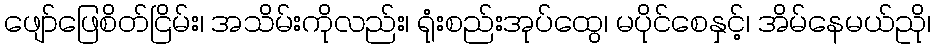
ဖျော်ဖြေစိတ်ငြိမ်း၊ အသိမ်းကိုလည်း၊ ရုံးစည်းအုပ်ထွေ၊ မပိုင်စေနှင့်၊ အိမ်နေမယ်ညို၊